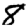
Digit: 8